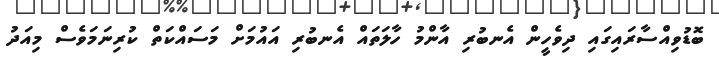
ބޮޮޑުވިއްސާރައިގައި ދިވެހީން އެނބުރި އާންމު ހާލަތައް އެނބުރި އައުމަށް މަސައްކަތް ކުރިނަމަވެސް މިއަދު